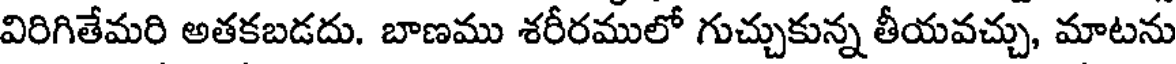
విరిగితేమరి అతకబడదు. బాణము శరీరములో గుచ్చుకున్న తీయవచ్చు, మాటను